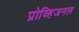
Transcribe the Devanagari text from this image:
प्रोव्हिजनल